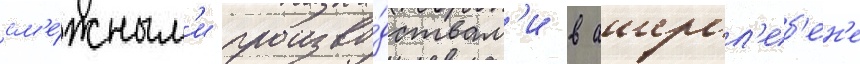
см'е́жным'и произво́дствам'и в ашерсл'еб'ен'е